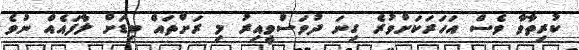
ކުރިތާވާ ވެސް އަހަރަކަށްވުރެ ގިނަ ދުވަސްވީއިރު މި ރަށްތައް ބިޑަށް ލާފައެއް ނުވެ